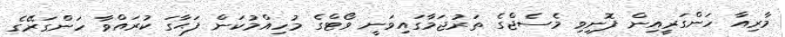
މާރިއާ ހަންގަރީއިން ފޮނިވި މެސެޖްގެ ތަރުޖަމާގައިވަނީ ވޯޓްގެ މުހިއްމުކަން ފަޙާގަ ކުރައްވާ ހަންގަރޭގެ